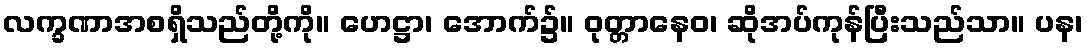
လက္ခဏာအစရှိသည်တို့ကို။ ဟေဋ္ဌာ၊ အောက်၌။ ဝုတ္တာနေဝ၊ ဆိုအပ်ကုန်ပြီးသည်သာ။ ပန၊